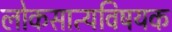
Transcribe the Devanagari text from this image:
लोकसात्यविषयक